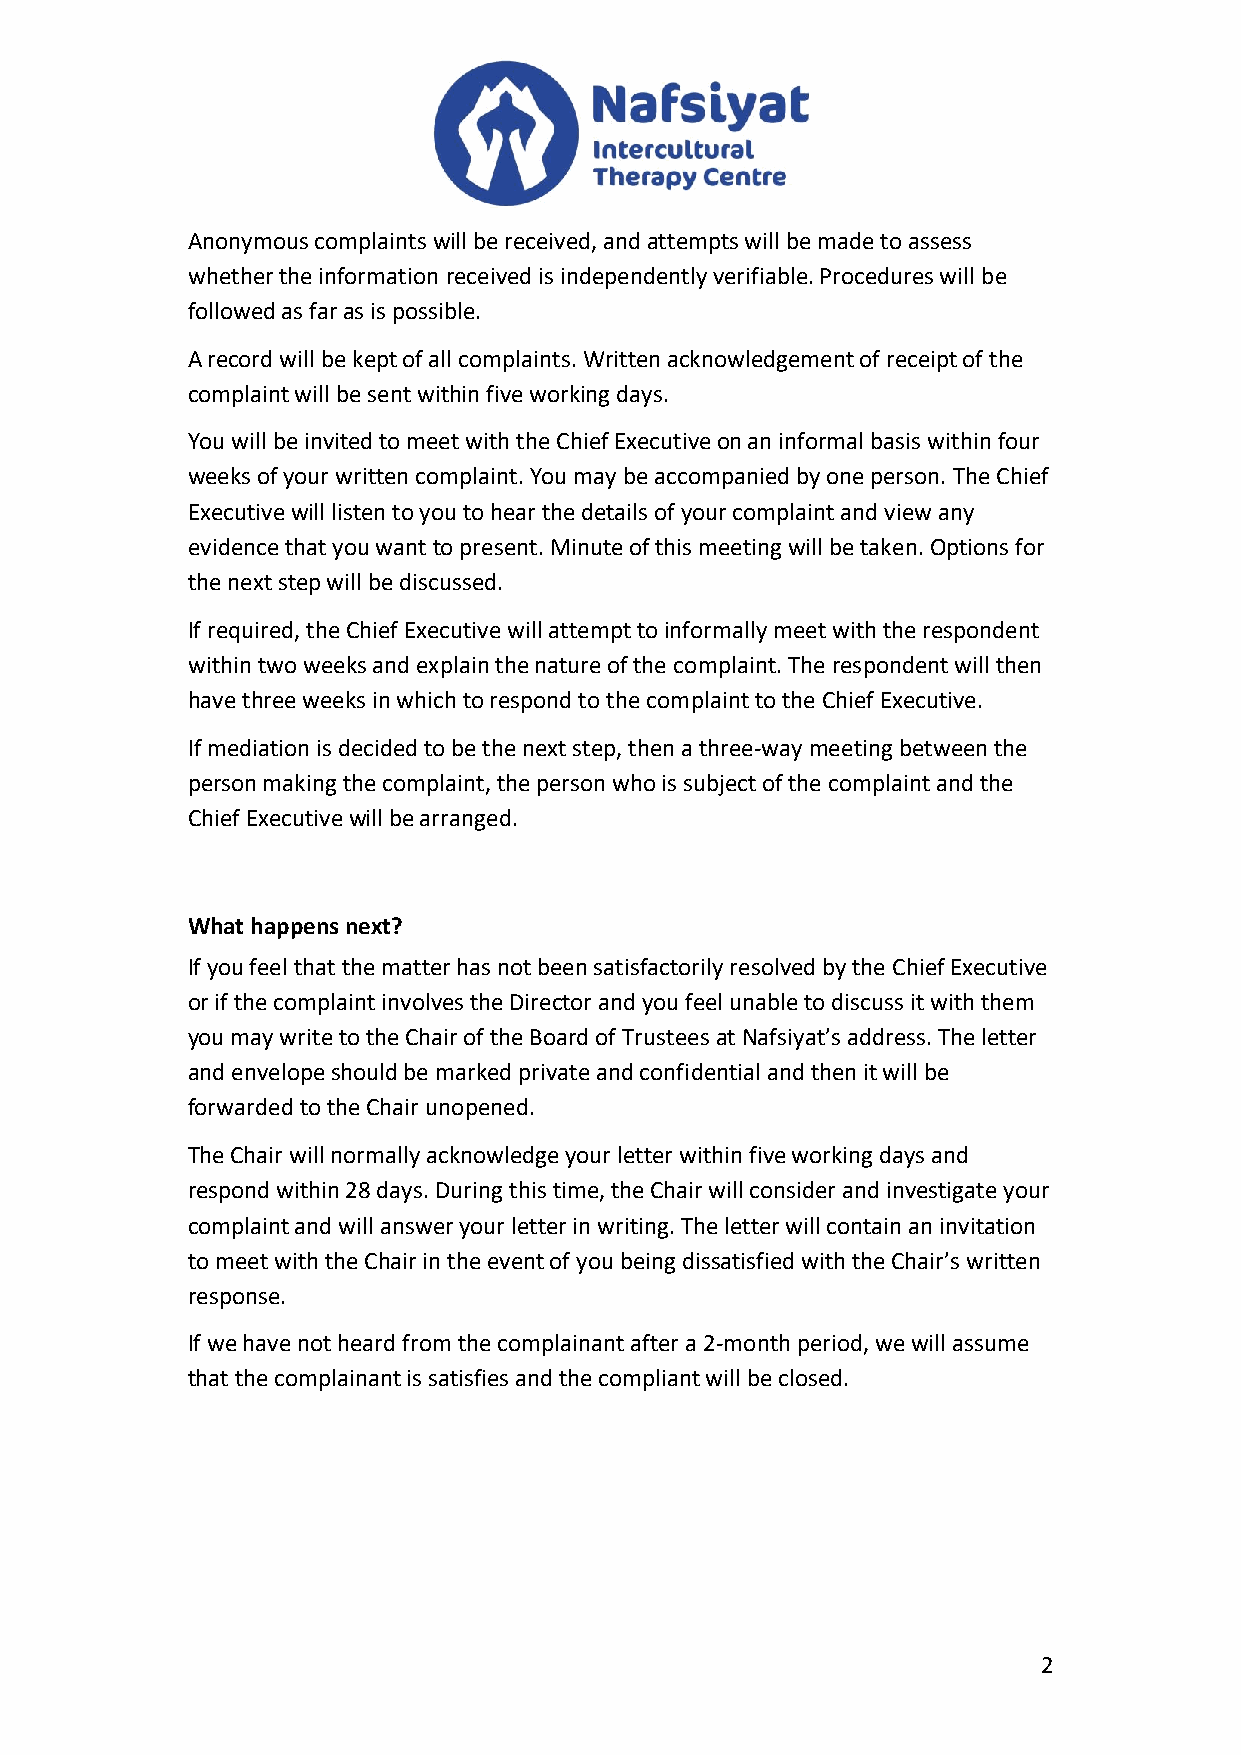
Anonymous complaints will be received, and attempts will be made to assess
 whether the information received is independently verifiable. Procedures will be
 followed as far as is possible.
 A record will be kept of all complaints. Written acknowledgement of receipt of the
 complaint will be sent within five working days.
 You will be invited to meet with the Chief Executive on an informal basis within four
 weeks of your written complaint. You may be accompanied by one person. The Chief
 Executive will listen to you to hear the details of your complaint and view any
 evidence that you want to present. Minute of this meeting will be taken. Options for
 the next step will be discussed.
 If required, the Chief Executive will attempt to informally meet with the respondent
 within two weeks and explain the nature of the complaint. The respondent will then
 have three weeks in which to respond to the complaint to the Chief Executive.
 If mediation is decided to be the next step, then a three-way meeting between the
 person making the complaint, the person who is subject of the complaint and the
 Chief Executive will be arranged.
 What happens next?
 If you feel that the matter has not been satisfactorily resolved by the Chief Executive
 or if the complaint involves the Director and you feel unable to discuss it with them
 you may write to the Chair of the Board of Trustees at Nafsiyat’s address. The letter
 and envelope should be marked private and confidential and then it will be
 forwarded to the Chair unopened.
 The Chair will normally acknowledge your letter within five working days and
 respond within 28 days. During this time, the Chair will consider and investigate your
 complaint and will answer your letter in writing. The letter will contain an invitation
 to meet with the Chair in the event of you being dissatisfied with the Chair’s written
 response.
 If we have not heard from the complainant after a 2-month period, we will assume
 that the complainant is satisfies and the compliant will be closed.
 2